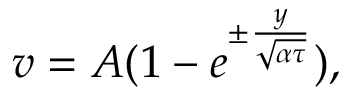
\begin{array} { r } { v = A ( 1 - e ^ { \pm \frac { y } { \sqrt { \alpha \tau } } } ) , } \end{array}